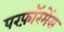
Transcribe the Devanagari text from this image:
परफ़ॉरमेंस